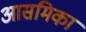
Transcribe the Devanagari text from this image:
आसमिका